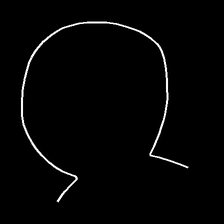
Glyph: weave